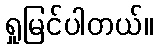
ရှုမြင်ပါတယ်။